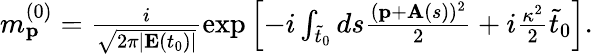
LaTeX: \begin{array}{r}{m_{\mathbf{p}}^{(0)}=\frac{i}{\sqrt{2\pi|\mathbf{E}(t_{0})|}}\exp\left[-i\int_{\tilde{t}_{0}}ds\frac{(\mathbf{p}+\mathbf{A}(s))^{2}}{2}+i\frac{\kappa^{2}}{2}\tilde{t}_{0}\right].}\end{array}